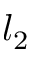
l _ { 2 }